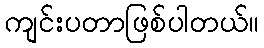
ကျင်းပတာဖြစ်ပါတယ်။